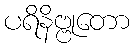
ပရိနိဗ္ဗုတော